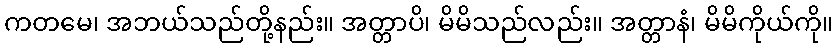
ကတမေ၊ အဘယ်သည်တို့နည်း။ အတ္တာပိ၊ မိမိသည်လည်း။ အတ္တာနံ၊ မိမိကိုယ်ကို။